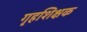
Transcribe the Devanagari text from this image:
गृहशिक्षक